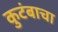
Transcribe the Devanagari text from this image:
कुटंबाचा